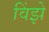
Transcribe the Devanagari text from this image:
विंझे